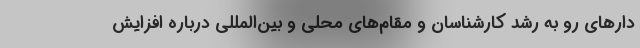
دارهای رو به رشد کارشناسان و مقام‌های محلی و بین‌المللی درباره افزایش